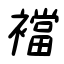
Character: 襠